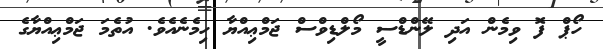
ހޯޕް ފޮ ވިމެން އަދި ލޭންޑްސީ މޯލްޑިވްސް ޖަމްޢިއްޔާ ހިމެނެއެވެ. އުތެމަ ޖަމްޢިއްޔާގެ